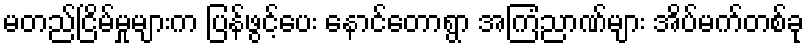
မတည်ငြိမ်မှုများက ပြန်ဖွင့်ပေး နောင်တောရွာ အကြံညာဏ်များ အိပ်မက်တစ်ခု